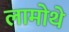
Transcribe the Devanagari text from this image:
लामोथे